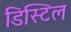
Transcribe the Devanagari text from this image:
डिस्टिल